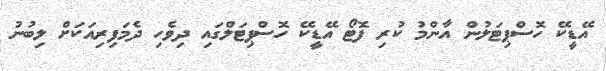
އޭޑީކޭ ހޮސްޕިޓަލުން އާންމު ކުރި ފޮޓޯ އޭޑީކޭ ހޮސްޕިޓަލްގައި ދިވެހި ދެމަފިރިއަކަށް ލިބުނު